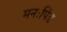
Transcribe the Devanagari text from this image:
मनःपिंड